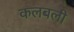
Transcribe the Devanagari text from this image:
कलबली